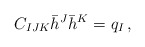
\begin{align*} C_{IJK}\bar h^J \bar h^K = q_I \,,\end{align*}